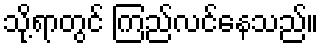
သို့ရာတွင် ကြည်လင်နေသည်။